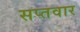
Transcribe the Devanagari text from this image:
सप्तवार